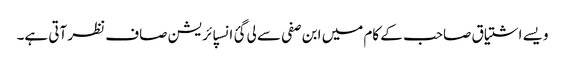
ویسے اشتیاق صاحب کے کام میں ابن صفی سے لی گئ انسپائریشن صاف نظر آتی ہے۔